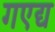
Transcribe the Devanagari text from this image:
गएद्य